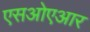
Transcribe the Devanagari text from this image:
एसओएआर